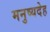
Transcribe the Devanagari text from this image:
मनुष्यदेह